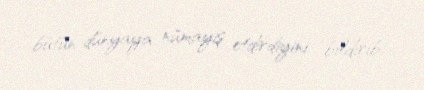
bütün dünyaya nümayiş etdirdiyini bildirib.